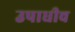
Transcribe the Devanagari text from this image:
उपाधीच